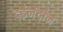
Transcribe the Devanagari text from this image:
दईनंदीन